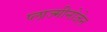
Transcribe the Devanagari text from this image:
प्लाज्मीनोजेन